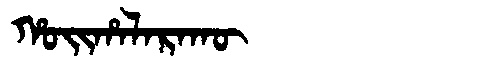
Manchu: ᡥᠣᡳᡥᠠᠯᠠᡵᠠᡴᡡ
Romanization: HOIHALARAKŪ